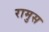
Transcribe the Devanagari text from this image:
रामुस